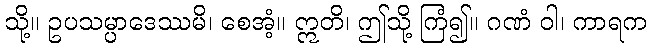
သို့။ ဥပသမ္ပာဒေဿမိ၊ စေအံ့။ ဣတိ၊ ဤသို့ ကြံ၍။ ဂဏံ ဝါ၊ ကာရက